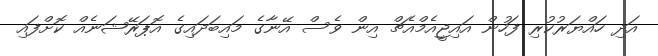
އަދި ހައްޔަރުކުރި ފަހުން އައިޖީއެމްއެޗް އިން ވެސް އޭނާގެ މައިބަދައިގެ އޮޕަރޭޝަނެއް ކޮށްފައި